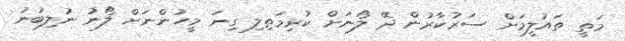
މަތީ ތައުލީމަށް ސަރުކާރުން ދޭ ލޯނަށް ކުރިމަތިލި ގިނަ މީހުންނަށް ލޯނު ނުލިބުނު